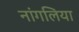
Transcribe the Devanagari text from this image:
नांगलिया